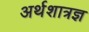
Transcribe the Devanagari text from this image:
अर्थशात्रज्ञ